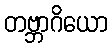
တဗ္ဘာဂိယော